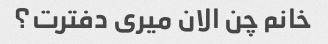
خانم چن الان میری دفترت؟